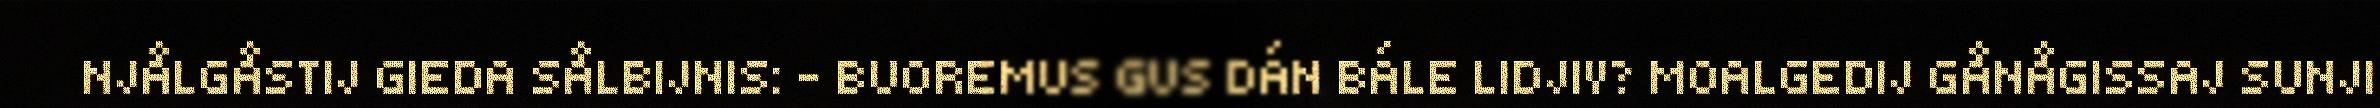
NJÅLGÅSTIJ GIEDA SÅLBIJNIS: – BUOREMUS GUS DÁN BÁLE LIDJIV? MOALGEDIJ GÅNÅGISSAJ SUNJI